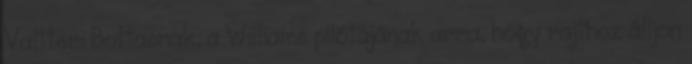
Valtteri Bottasnak, a Williams pilótájának arra, hogy rajthoz álljon